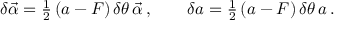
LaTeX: \delta \vec { \alpha } = { \textstyle \frac 1 2 } \, ( a - F ) \, \delta \theta \, \vec { \alpha } \, , \qquad \delta a = { \textstyle \frac 1 2 } \, ( a - F ) \, \delta \theta \, a \, .